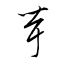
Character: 茸